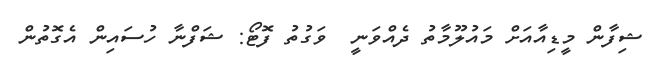
ޝިފާން މީޑިއާއަށް މައުލޫމާތު ދެއްވަނީ  ވަގުތު ފޮޓޯ: ޝަފްނާ ހުސައިން އެގޮތުން